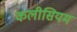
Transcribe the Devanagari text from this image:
कलीसियम